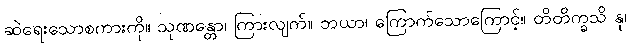
ဆဲရေးသောစကားကို။ သုဏန္တော၊ ကြားလျက်။ ဘယာ၊ ကြောက်သောကြောင့်။ တိတိက္ခသိ နု၊